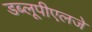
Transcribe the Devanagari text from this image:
डब्लूपीएलजे